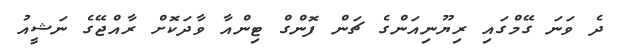
ދެ ވަނަ ގޭމްގައި ރިޔޫނިއަންގެ ޗަން ފޮންގް ޓިންއާ ވާދަކޮށް ރާއްޖޭގެ ނަޝީއު